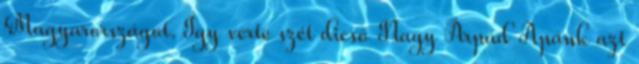
Magyarországot. Így verte szét dicső Nagy Árpád Apánk azt